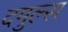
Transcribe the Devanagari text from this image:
दमुल्स